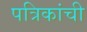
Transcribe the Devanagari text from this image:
पत्रिकांची